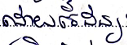
ដោយចៃដន្យ